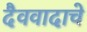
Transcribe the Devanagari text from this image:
दैववादाचे